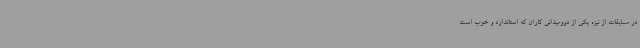
در مسابقات از نیزه یکی از دوومیدانی کاران که استاندارد و خوب است